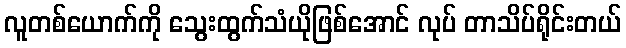
လူတစ်ယောက်ကို သွေးထွက်သံယိုဖြစ်အောင် လုပ် တာသိပ်ရိုင်းတယ်